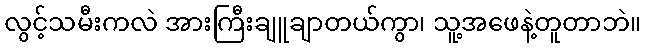
လွင့်သမီးကလဲ အားကြီးချူချာတယ်ကွာ၊ သူ့အဖေနဲ့တူတာဘဲ။